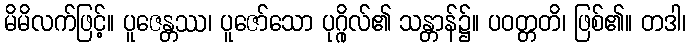
မိမိလက်ဖြင့်။ ပူဇေန္တဿ၊ ပူဇော်သော ပုဂ္ဂိုလ်၏ သန္တာန်၌။ ပဝတ္တတိ၊ ဖြစ်၏။ တဒါ၊